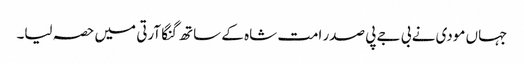
جہاں مودی نے بی جے پی صدر امت شاہ کے ساتھ گنگا آرتی میں حصہ لیا۔